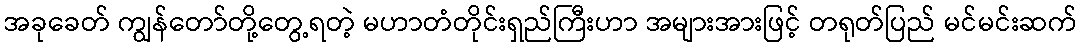
အခုခေတ် ကျွန်တော်တို့တွေ့ရတဲ့ မဟာတံတိုင်းရှည်ကြီးဟာ အများအားဖြင့် တရုတ်ပြည် မင်မင်းဆက်